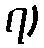
၇)